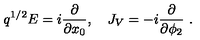
q ^ { 1 / 2 } E = i { \frac { \partial } { \partial x _ { 0 } } } , \quad J _ { V } = - i { \frac { \partial } { \partial \phi _ { 2 } } } \ .